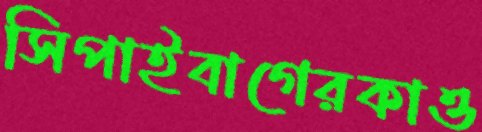
সিপাইবাগেরকাও